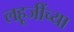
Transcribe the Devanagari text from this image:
लहूजींच्या